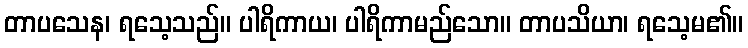
တာပသေန၊ ရသေ့သည်။ ပါရိကာယ၊ ပါရိကာမည်သော။ တာပသိယာ၊ ရသေ့မ၏။